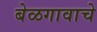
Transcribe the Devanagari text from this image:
बेळगावाचे